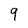
Character: 9